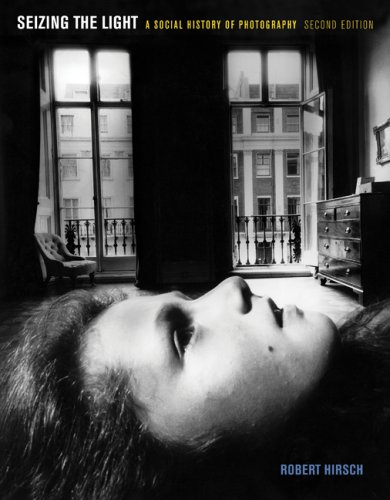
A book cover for Seizing the Light: A Social History of Photography; Robert Hirsch; Arts & Photography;